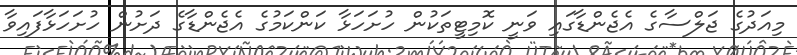
މިއަދުގެ ޖަލްސާގެ އެޖެންޑާގައި ވަނީ ކޮމިޓީތަކުން ހުށަހަޅާ ކަންކަމުގެ އެޖެންޑާގެ ދަށުން ހުށަހަޅާފައިވާ